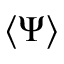
\langle \Psi \rangle